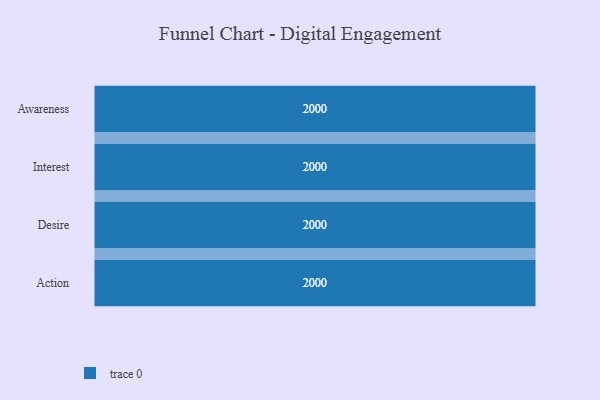
{"axis": {"x": "Stage", "y": "Value"}, "legend": [""], "data": [{"x": "Awareness", "y": 2000, "type": ""}, {"x": "Interest", "y": 2000, "type": ""}, {"x": "Desire", "y": 2000, "type": ""}, {"x": "Action", "y": 2000, "type": ""}]}